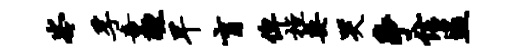
岑孚童醺早盲俾桓委哭争信盗